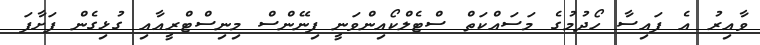
ވާއިރު އެ ފައިސާ ހޯދުމުގެ މަސައްކަތް ސްޓެލްކޯއިންވަނީ ފިނޭންސް މިނިސްޓްރީއާއި ގުޅިގެން ފަށާފަ